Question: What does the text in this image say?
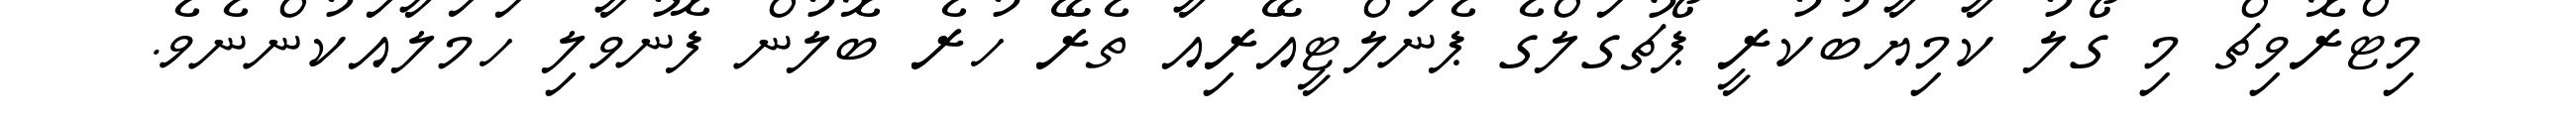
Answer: މިޓްރޮވިޗް މި ގޯލު ކާމިޔާބުކުރީ ޕޯޗުގަލްގެ ޕެނަލްޓީއޭރިއާ ތެރޭ ހުރެ ބޮލުން ފޮނުވާލި ހަމަލާއަކުންނެވެ.